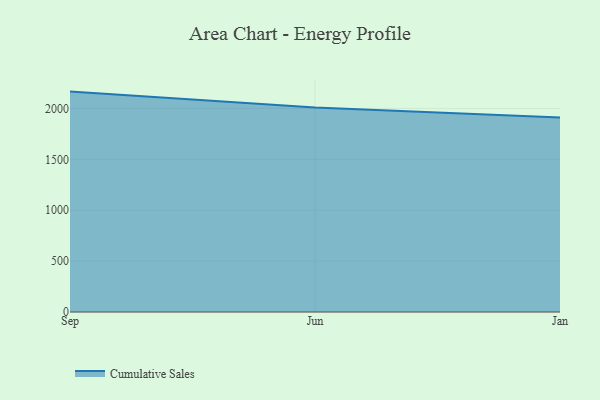
{"axis": {"x": "Month", "y": "Operating Costs (USD K)"}, "legend": ["Cumulative Sales"], "data": [{"x": "Sep", "y": 2165.1, "type": "Cumulative Sales"}, {"x": "Jun", "y": 2008.7, "type": "Cumulative Sales"}, {"x": "Jan", "y": 1911.2, "type": "Cumulative Sales"}]}